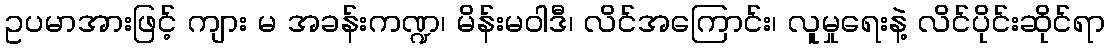
ဥပမာအားဖြင့် ကျား မ အခန်းကဏ္ဍ၊ မိန်းမဝါဒီ၊ လိင်အကြောင်း၊ လူမှုရေးနဲ့ လိင်ပိုင်းဆိုင်ရာ